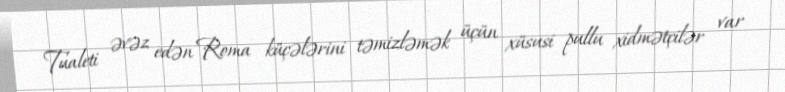
Tualeti əvəz edən Roma küçələrini təmizləmək üçün xüsusi pullu xidmətçilər var